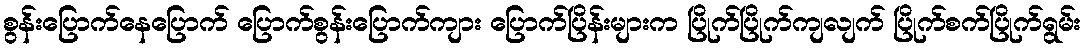
စွန်းပြောက်နေပြောက် ပြောက်စွန်းပြောက်ကျား ပြောက်ပြိန်းများက ပြိုက်ပြိုက်ကျလျက် ပြိုက်စက်ပြိုက်ရွမ်း